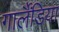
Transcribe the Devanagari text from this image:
गार्लैंडिया